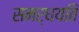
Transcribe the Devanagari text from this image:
समर्धयति